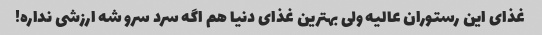
غذای این رستوران عالیه ولی بهترین غذای دنیا هم اگه سرد سرو شه ارزشی نداره!